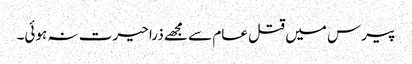
پیرس میں قتل عام سے مجھے ذرا حیرت نہ ہوئی۔